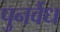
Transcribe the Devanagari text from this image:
पुनर्वैध